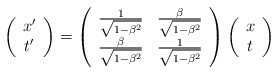
\begin{align*}\left(\begin{array}{c}x'\\t'\end{array} \right) =\left(\begin{array}{cc}\frac{1}{ \sqrt{1-\beta^2}} &\frac{\beta}{ \sqrt{1-\beta^2}}\\\frac{\beta}{ \sqrt{1-\beta^2}}&\frac{1}{ \sqrt{1-\beta^2}}\end{array} \right) \left(\begin{array}{c}x\\t\end{array} \right) \end{align*}